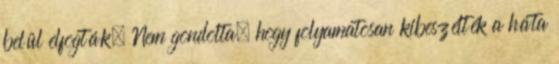
belül elfogták. Nem gondolta, hogy folyamatosan kibeszélték a háta